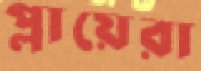
প্লায়েরা